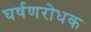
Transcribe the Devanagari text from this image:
घर्षणरोधक